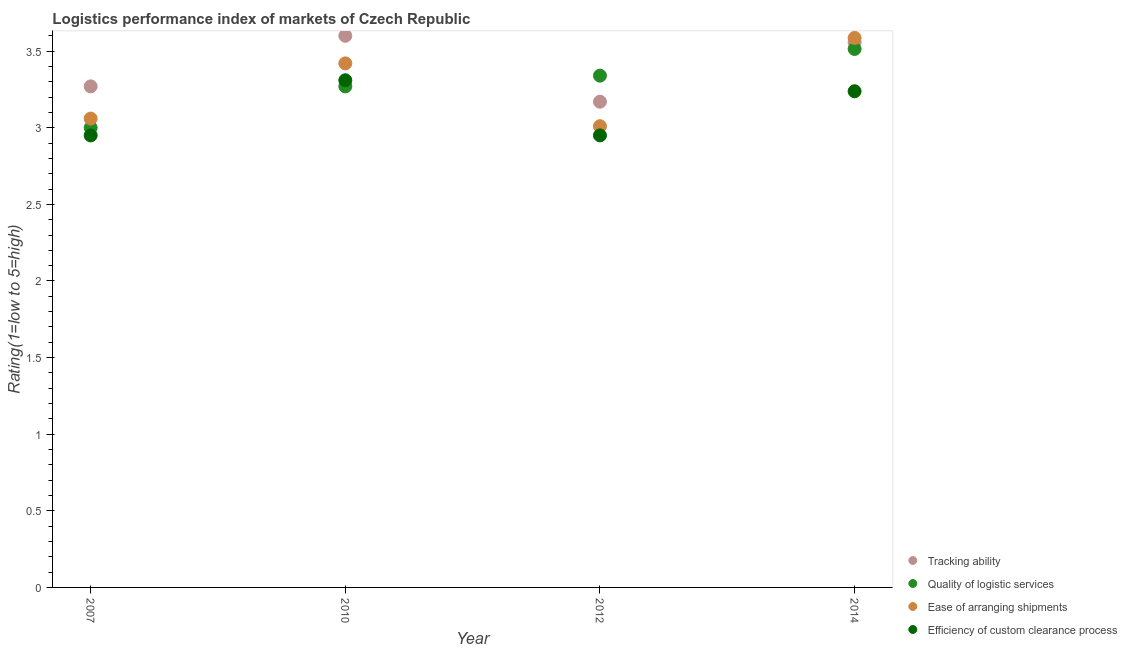
| Year | Tracking ability | Quality of logistic services | Ease of arranging shipments | Efficiency of custom clearance process |
 | --- | --- | --- | --- | --- |
 | 2007 | 3.27 | 3 | 3.06 | 2.95 |
 | 2010 | 3.6 | 3.27 | 3.42 | 3.31 |
 | 2012 | 3.17 | 3.34 | 3.01 | 2.95 |
 | 2014 | 3.56 | 3.51 | 3.59 | 3.24 |